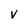
Character: V